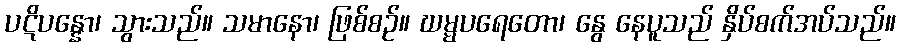
ပဋိပန္နော၊ သွားသည်။ သမာနော၊ ဖြစ်စဉ်။ ဃမ္မပရေတော၊ နွေ နေပူသည် နှိပ်စက်အပ်သည်။